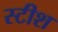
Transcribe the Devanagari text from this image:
स्टीश